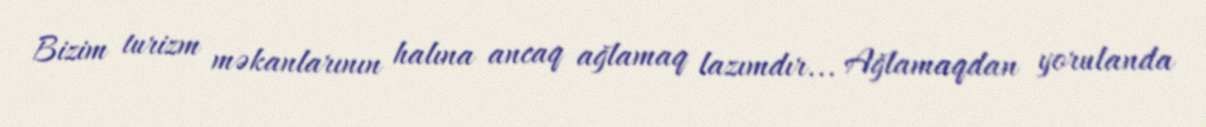
Bizim turizm məkanlarının halına ancaq ağlamaq lazımdır... Ağlamaqdan yorulanda